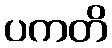
ပကတိ